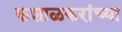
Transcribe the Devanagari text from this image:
कशाळकरांच्या